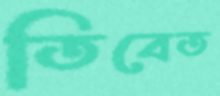
তিবেত